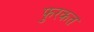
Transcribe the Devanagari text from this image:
फुरकत